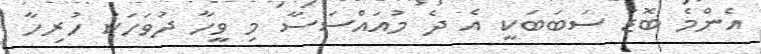
އެންމެ ބޮޑު ސަބަބަކީ އެ ދެ މުއައްސަސާ މި ވީހާ ދުވަހަކު ހުރިހާ